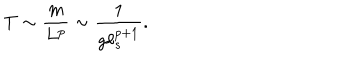
T \sim \frac { m } { L ^ { p } } \sim \frac { 1 } { g \ell _ { s } ^ { p + 1 } } .